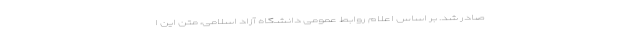
صادر شد. بر اساس اعلام روابط عمومی دانشگاه آزاد اسلامی، متن این ا